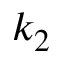
k _ { 2 }